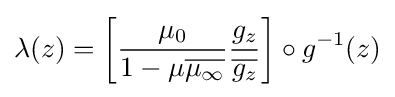
\displaystyle \lambda (z)=\left[{\mu _{0} \over 1-\mu {\overline {\mu _{\infty }}}}{g_{z} \over {\overline {g_{z}}}}\right]\circ g^{-1}(z)